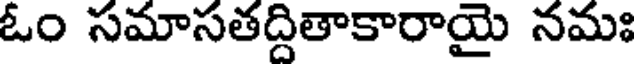
ఓం సమాసతద్దితాకారాయై నమః